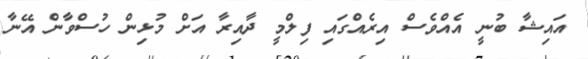
އައިޝާ ބުނީ އެއްވެސް އިރެއްގައި ފިލްމީ ދާއިރާ އަށް މުޅިން ހުސްވާން އޭނާ